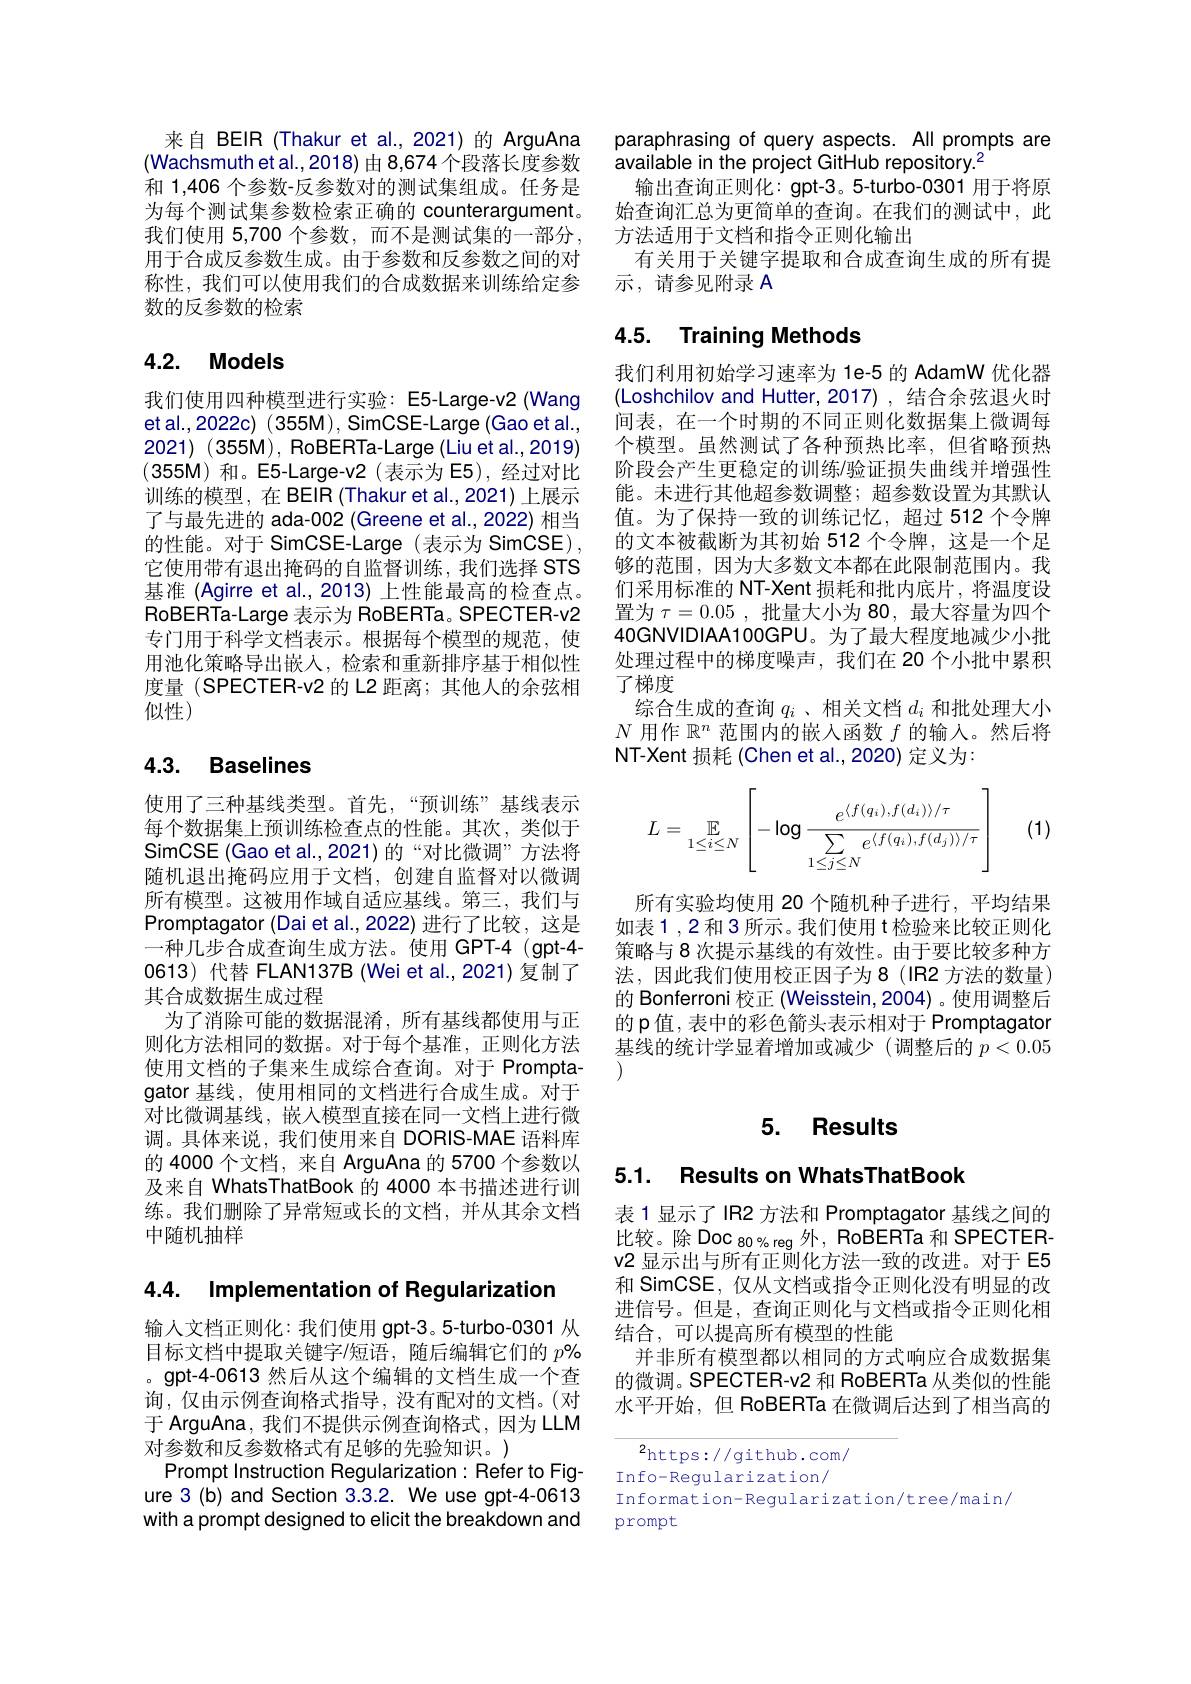
来自 BEIR (Thakur et al.,2021)的 ArguAna (Wachsmuth et al.,2018) 由 8,674 个段落长度参数和 1,406 个参数-反参数对的测试集组成。任务是为每个测试集参数检索正确的 counterargument。我们使用 5,700 个参数，而不是测试集的一部分， 用于合成反参数生成。由于参数和反参数之间的对称性，我们可以使用我们的合成数据来训练给定参数的反参数的检索

# 4.2. Models

我们使用四种模型进行实验：E5-Large-v2 (Wang et al., 2022c) ( 355M), SimCSE-Large (Gao et al. 2021)(355M), RoBERTa-Large(Liu et al., 2019) $(355\mathbf{M})$和。E5-Large-v2(表示为 E5),经过对比训练的模型，在 BEIR(Thakur et al.,2021)上展示了与最先进的 ada-002 (Greene et al., 2022) 相当的性能。对于 SimCSE-Large(表示为 SimCSE) , 它使用带有退出掩码的自监督训练，我们选择 STS 基准 (Agirre et al.,2013) 上性能最高的检查点。RoBERTa-Large 表示为 RoBERTa。SPECTER-v2专门用于科学文档表示。根据每个模型的规范，使用池化策略导出嵌人，检索和重新排序基于相似性度量(SPECTER-v2 的 L2 距离；其他人的余弦相似性)

### 4.3. Baselines

使用了三种基线类型。首先，“预训练”基线表示每个数据集上预训练检查点的性能。其次，类似于SimCSE (Gao et al.,2021)的“对比微调”方法将随机退出掩码应用于文档，创建自监督对以微调所有模型。这被用作域自适应基线。第三，我们与Promptagator (Dai et al., 2022) 进行了比较，这是一种几步合成查询生成方法。使用 GPT-4(gpt-4- 0613) 代替 FLAN137B (Wei et al.,2021) 复制了其合成数据生成过程
为了消除可能的数据混淆，所有基线都使用与正则化方法相同的数据。对于每个基准，正则化方法使用文档的子集来生成综合查询。对于 Promptagator 基线，使用相同的文档进行合成生成。对于对比微调基线，嵌入模型直接在同一文档上进行微调。具体来说，我们使用来自 DORIS-MAE 语料库的 4000 个文档，来自 ArguAna 的 5700 个参数以及来自 WhatsThatBook 的 4000 本书描述进行训练。我们删除了异常短或长的文档，并从其余文档中随机抽样

4.4. Implementation of Regularization

输人文档正则化：我们使用 gpt-3。5-turbo-0301 从目标文档中提取关键字/短语，随后编辑它们的$p\%$ 。gpt-4-0613 然后从这个编辑的文档生成一个查询，仅由示例查询格式指导，没有配对的文档。(对于 ArguAna, 我们不提供示例查询格式，因为 LLM 对参数和反参数格式有足够的先验知识。)
Prompt Instruction Regularization: Refer to Figure 3 (b) and Section 3.3.2. We use gpt-4-0613 with a prompt designed to elicit the breakdown and

paraphrasing of query aspects. All prompts are
available in the project GitHub repository.$^2$
输出查询正则化：gpt-3。5-turbo-0301 用于将原始查询汇总为更简单的查询。在我们的测试中，此方法适用于文档和指令正则化输出
有关用于关键字提取和合成查询生成的所有提
示，请参见附录 A

# 4.5. Training Methods

我们利用初始学习速率为 1e-5 的 AdamW 优化器(Loshchilov and Hutter, 2017) , 结合余弦退火时间表，在一个时期的不同正则化数据集上微调每个模型。虽然测试了各种预热比率，但省略预热阶段会产生更稳定的训练/验证损失曲线并增强性能。未进行其他超参数调整；超参数设置为其默认值。为了保持一致的训练记忆，超过 512 个令牌的文本被截断为其初始 512 个令牌，这是一个足够的范围，因为大多数文本都在此限制范围内。我们采用标准的 NT-Xent 损耗和批内底片，将温度设置为$\tau=0.05$,批量大小为 80,最大容量为四个40GNVIDIAA100GPU。为了最大程度地减少小批处理过程中的梯度噪声，我们在 20 个小批中累积了梯度
综合生成的查询$q_i$ 、相关文档$d_i$和批处理大小$N$用作$\mathbb{R}^n$范围内的嵌入函数$f$的输入。然后将NT-Xent 损耗 (Chen et al.,2020) 定义为：
$$L=\mathbb{E}\limits_{1\leq i\leq N}\left[-\log-\frac{e^{\langle f(q_i),f(d_i)\rangle/\tau}}{\sum\limits_{1\leq j\leq N}e^{\langle f(q_i),f(d_j)\rangle/\tau}}\right]$$
(1)

所有实验均使用 20 个随机种子进行，平均结果如表1，2和3所示。我们使用 t检验来比较正则化策略与 8 次提示基线的有效性。由于要比较多种方法，因此我们使用校正因子为8(IR2 方法的数量) 的 Bonferroni 校正 (Weisstein,2004) 。使用调整后的 p 值，表中的彩色箭头表示相对于 Promptagator 基线的统计学显着增加或减少(调整后的$p<0.05$ 1)

# 5. Results

5.1. Results on WhatsThatBook

表 1 显示了 IR2 方法和 Promptagator 基线之间的比较。除 Doc 80% reg 外，RoBERTa 和 SPECTERv2 显示出与所有正则化方法一致的改进。对于 E5和 SimCSE, 仅从文档或指令正则化没有明显的改进信号。但是，查询正则化与文档或指令正则化相结合，可以提高所有模型的性能
并非所有模型都以相同的方式响应合成数据集的微调。SPECTER-v2 和 RoBERTa 从类似的性能水平开始，但 RoBERTa 在微调后达到了相当高的

$^{2}$https://github.com/
Info-Regularization/
Information- Regularization/tree/main/
prompt